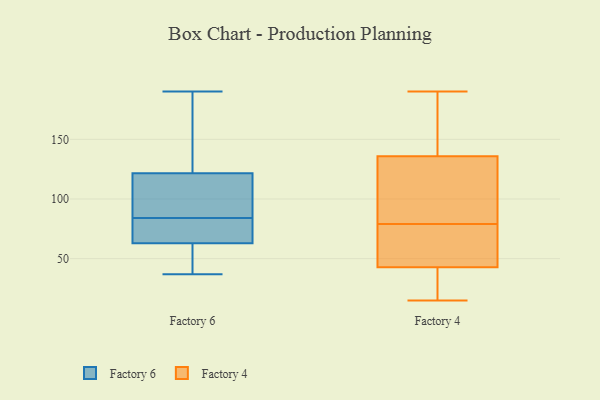
{"axis": {"x": "Humidity (%)", "y": "Value"}, "legend": ["Factory 4", "Factory 6"], "data": [{"x": "", "y": 185, "type": "Factory 6"}, {"x": "", "y": 84, "type": "Factory 6"}, {"x": "", "y": 114, "type": "Factory 6"}, {"x": "", "y": 58, "type": "Factory 6"}, {"x": "", "y": 87, "type": "Factory 6"}, {"x": "", "y": 126, "type": "Factory 6"}, {"x": "", "y": 76, "type": "Factory 6"}, {"x": "", "y": 42, "type": "Factory 6"}, {"x": "", "y": 78, "type": "Factory 6"}, {"x": "", "y": 37, "type": "Factory 6"}, {"x": "", "y": 190, "type": "Factory 6"}, {"x": "", "y": 66, "type": "Factory 6"}, {"x": "", "y": 79, "type": "Factory 6"}, {"x": "", "y": 37, "type": "Factory 6"}, {"x": "", "y": 179, "type": "Factory 6"}, {"x": "", "y": 117, "type": "Factory 6"}, {"x": "", "y": 96, "type": "Factory 6"}, {"x": "", "y": 62, "type": "Factory 6"}, {"x": "", "y": 123, "type": "Factory 6"}, {"x": "", "y": 181, "type": "Factory 4"}, {"x": "", "y": 26, "type": "Factory 4"}, {"x": "", "y": 190, "type": "Factory 4"}, {"x": "", "y": 153, "type": "Factory 4"}, {"x": "", "y": 76, "type": "Factory 4"}, {"x": "", "y": 79, "type": "Factory 4"}, {"x": "", "y": 138, "type": "Factory 4"}, {"x": "", "y": 129, "type": "Factory 4"}, {"x": "", "y": 45, "type": "Factory 4"}, {"x": "", "y": 42, "type": "Factory 4"}, {"x": "", "y": 117, "type": "Factory 4"}, {"x": "", "y": 25, "type": "Factory 4"}, {"x": "", "y": 117, "type": "Factory 4"}, {"x": "", "y": 73, "type": "Factory 4"}, {"x": "", "y": 76, "type": "Factory 4"}, {"x": "", "y": 15, "type": "Factory 4"}, {"x": "", "y": 109, "type": "Factory 4"}, {"x": "", "y": 41, "type": "Factory 4"}, {"x": "", "y": 166, "type": "Factory 4"}]}